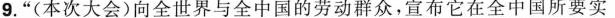
9.”(本次大会)向全世界与全中国的劳动群众，宣布它在全中国所要实